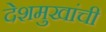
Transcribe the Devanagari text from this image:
देशमुखांची